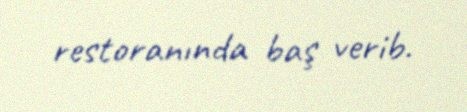
restoranında baş verib.